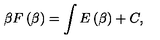
\beta F \left( \beta \right) = \int E \left( \beta \right) + C ,